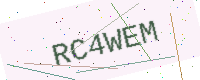
Text: RC4WEM